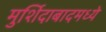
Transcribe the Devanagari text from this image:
मुर्शिदाबादमध्ये